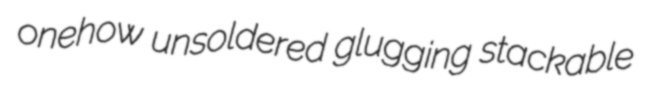
onehow unsoldered glugging stackable